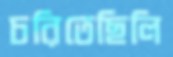
চরিতেছিলি